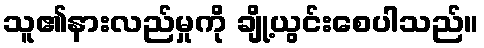
သူ၏နားလည်မှုကို ချို့ယွင်းစေပါသည်။